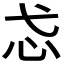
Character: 𢖼